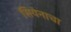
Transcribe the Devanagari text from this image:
सियेनाचा